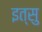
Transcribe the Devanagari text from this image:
इत्सु